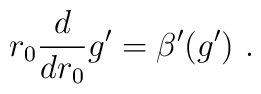
r_0 \frac{d}{d{r_0}}g^{\prime }=\beta ^{\prime }(g^{\prime })\,\,.